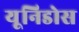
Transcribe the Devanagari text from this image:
यूनिडोस